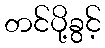
တင်ပို့ခွင့်